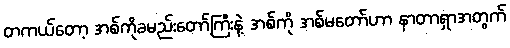
တကယ်တော့ အစ်ကိုခမည်းတော်ကြီးနဲ့ အစ်ကို အစ်မတော်ဟာ နာတာရှာအတွက်